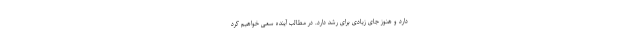
دارد و هنوز جای زیادی برای رشد دارد. در مطالب آینده سعی خواهیم کرد